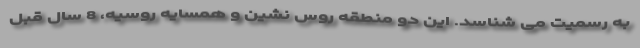
به رسمیت می شناسد. این دو منطقه روس نشین و همسایه روسیه، 8 سال قبل